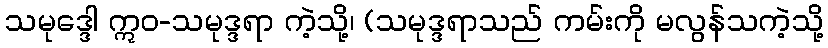
သမုဒ္ဒေါ ဣဝ-သမုဒ္ဒရာ ကဲ့သို့၊ (သမုဒ္ဒရာသည် ကမ်းကို မလွန်သကဲ့သို့